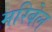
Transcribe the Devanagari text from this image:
मरिबेल